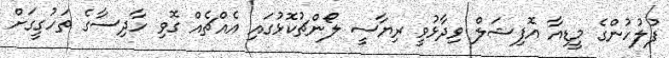
ފުލުހުންގެ މީޑިއާ އޮފިޝަލް ވިދާޅުވީ ރިޔާސީ ލޯންޗުކޮޅުގައި އެއްޗެއް ގޮވި ހާދިސާގެ ތަހުގީގަށް